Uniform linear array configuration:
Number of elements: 24
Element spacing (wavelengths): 1
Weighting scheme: uniform
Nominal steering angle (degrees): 45
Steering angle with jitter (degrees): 44.068
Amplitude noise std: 0.05
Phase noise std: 0.05

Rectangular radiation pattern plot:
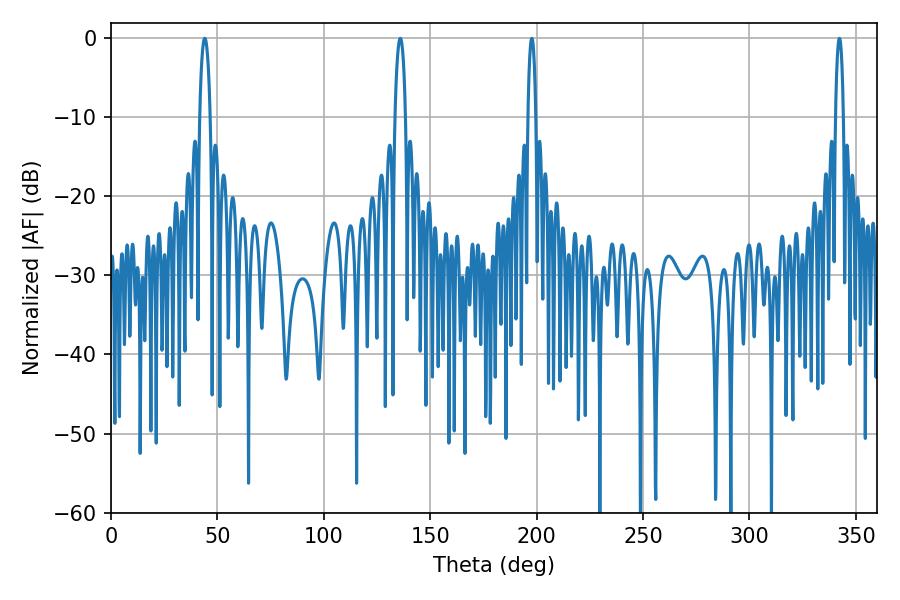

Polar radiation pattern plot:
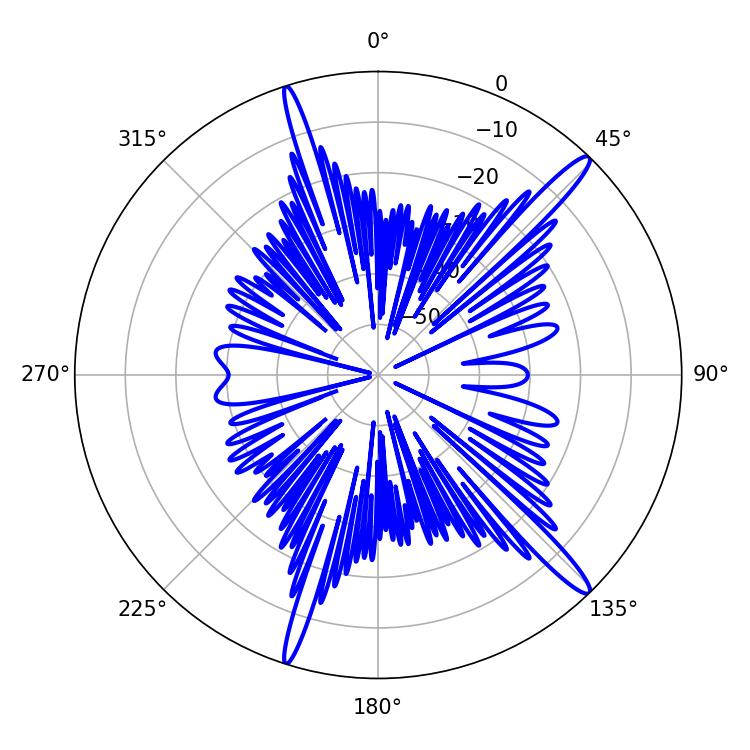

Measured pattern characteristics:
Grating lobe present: TRUE
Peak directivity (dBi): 15.732
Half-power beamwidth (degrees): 2.88
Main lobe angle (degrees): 135.9